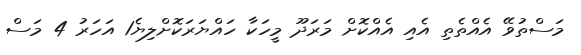
މަސްތުވޭ އެއްތެތި އެއި އެއްކޮށް މަރަދޫ މީހަކާ ހައްޔަރަކޮށްލިޔެ1 އަހަރު 4 މަސް